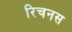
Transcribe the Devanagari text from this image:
रिचनस